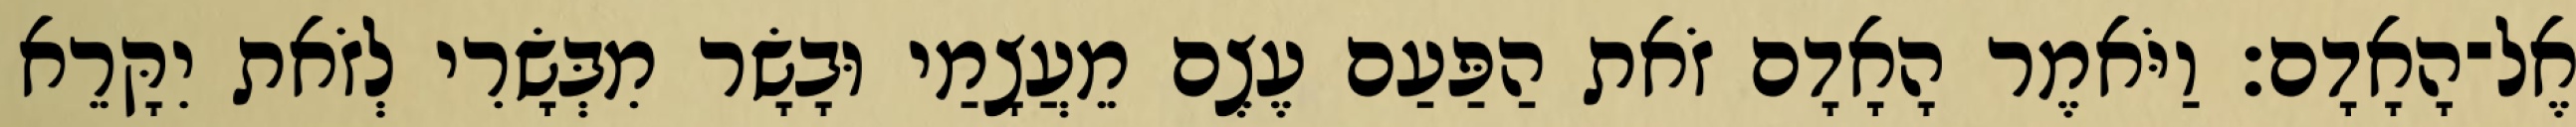
אֶל־הָאָדָם׃ וַיֹּאמֶר הָאָדָם זֹאת הַפַּעַם עֶצֶם מֵעֲצָמַי וּבָשָׂר מִבְּשָׂרִי לְזֹאת יִקָּרֵא